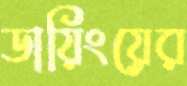
ডায়িংয়ের